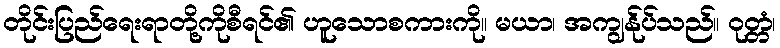
တိုင်းပြည်ရေးရာတို့ကိုစီရင်၏ ဟူသောစကားကို။ မယာ၊ အကျွန်ုပ်သည်။ ဝုတ္တံ၊